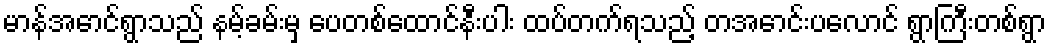
မာန်အောင်ရွာသည် နမ့်ခမ်းမှ ပေတစ်ထောင်နီးပါး ထပ်တက်ရသည့် တအောင်းပလောင် ရွာကြီးတစ်ရွာ